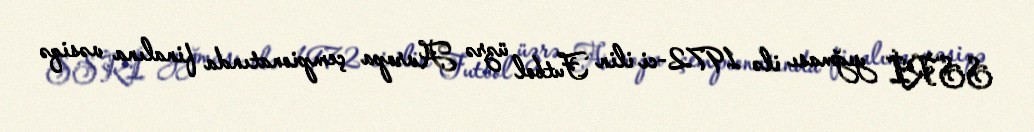
SSRİ yığması ilə 1972-ci ilin Futbol üzrə Avropa çempionatında finalına vəsiqə